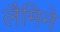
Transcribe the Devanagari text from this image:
लैमिने